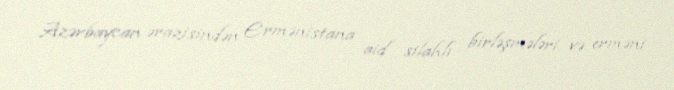
Azərbaycan ərazisindən Ermənistana aid silahlı birləşmələri və erməni